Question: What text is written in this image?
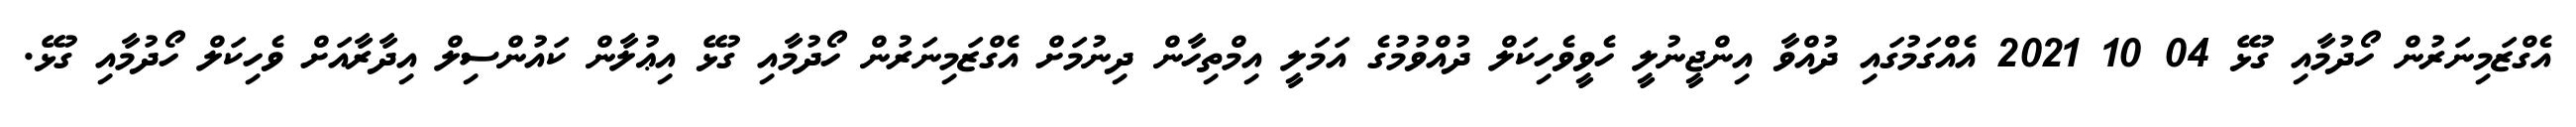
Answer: އެގްޒަމިނަރުން ހޯދުމާއި ގުޅޭ 04 10 2021 އެއްގަމުގައި ދުއްވާ އިންޖީނުލީ ހެވީވެހިކަލް ދުއްވުމުގެ އަމަލީ އިމްތިހާން ދިނުމަށް އެގްޒަމިނަރުން ހޯދުމާއި ގުޅޭ އިޢުލާން ކައުންސިލް އިދާރާއަށް ވެހިކަލް ހޯދުމާއި ގުޅޭ.